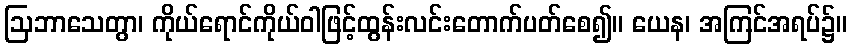
ဩဘာသေတွာ၊ ကိုယ်ရောင်ကိုယ်ဝါဖြင့်ထွန်းလင်းတောက်ပတ်စေ၍။ ယေန၊ အကြင်အရပ်၌။